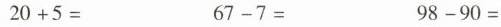
$$2 0 + 5 =$$ $$6 7 - 7 =$$ $$9 8 - 9 0 =$$